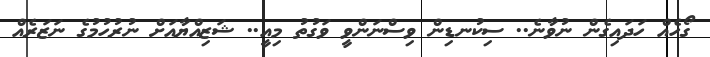
ގޯހެއް ހަދައިގެން ނުވާނެ.. ސިކުނޑިން ވިސްނަންވީ ވަގުތު މިއީ.. ޝަޒިއްޔާއަށް ނުރުހުމުގެ ނަޒަރެއް